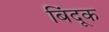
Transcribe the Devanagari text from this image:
बिंदूक